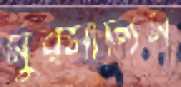
মুরসালিম